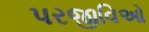
પરજીવિઓ